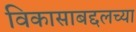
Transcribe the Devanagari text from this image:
विकासाबद्दलच्या